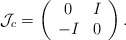
\begin{align*}\mathcal{J}_c = \left( \begin{array}{cc}0 & I\\-I & 0\end{array} \right).\end{align*}